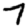
Digit: 7